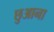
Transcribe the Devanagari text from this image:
छुआना